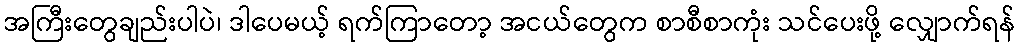
အကြီးတွေချည်းပါပဲ၊ ဒါပေမယ့် ရက်ကြာတော့ အငယ်တွေက စာစီစာကုံး သင်ပေးဖို့ လျှောက်ရန်